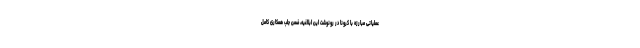
عملیاتی مبارزه با کرونا در رونوشت این ابلاغیه، ضمن جلب همکاری کامل